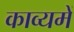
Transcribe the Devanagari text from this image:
काव्यमें